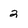
Character: 2